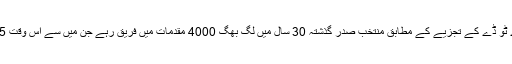
امریکی اخبار یو ایس اے ٹو ڈے کے تجزیے کے مطابق منتخب صدر گذشتہ 30 سال میں لگ بھگ 4000 مقدمات میں فریق رہے جن میں سے اس وقت 75 مقدمات چل رہے ہیں۔